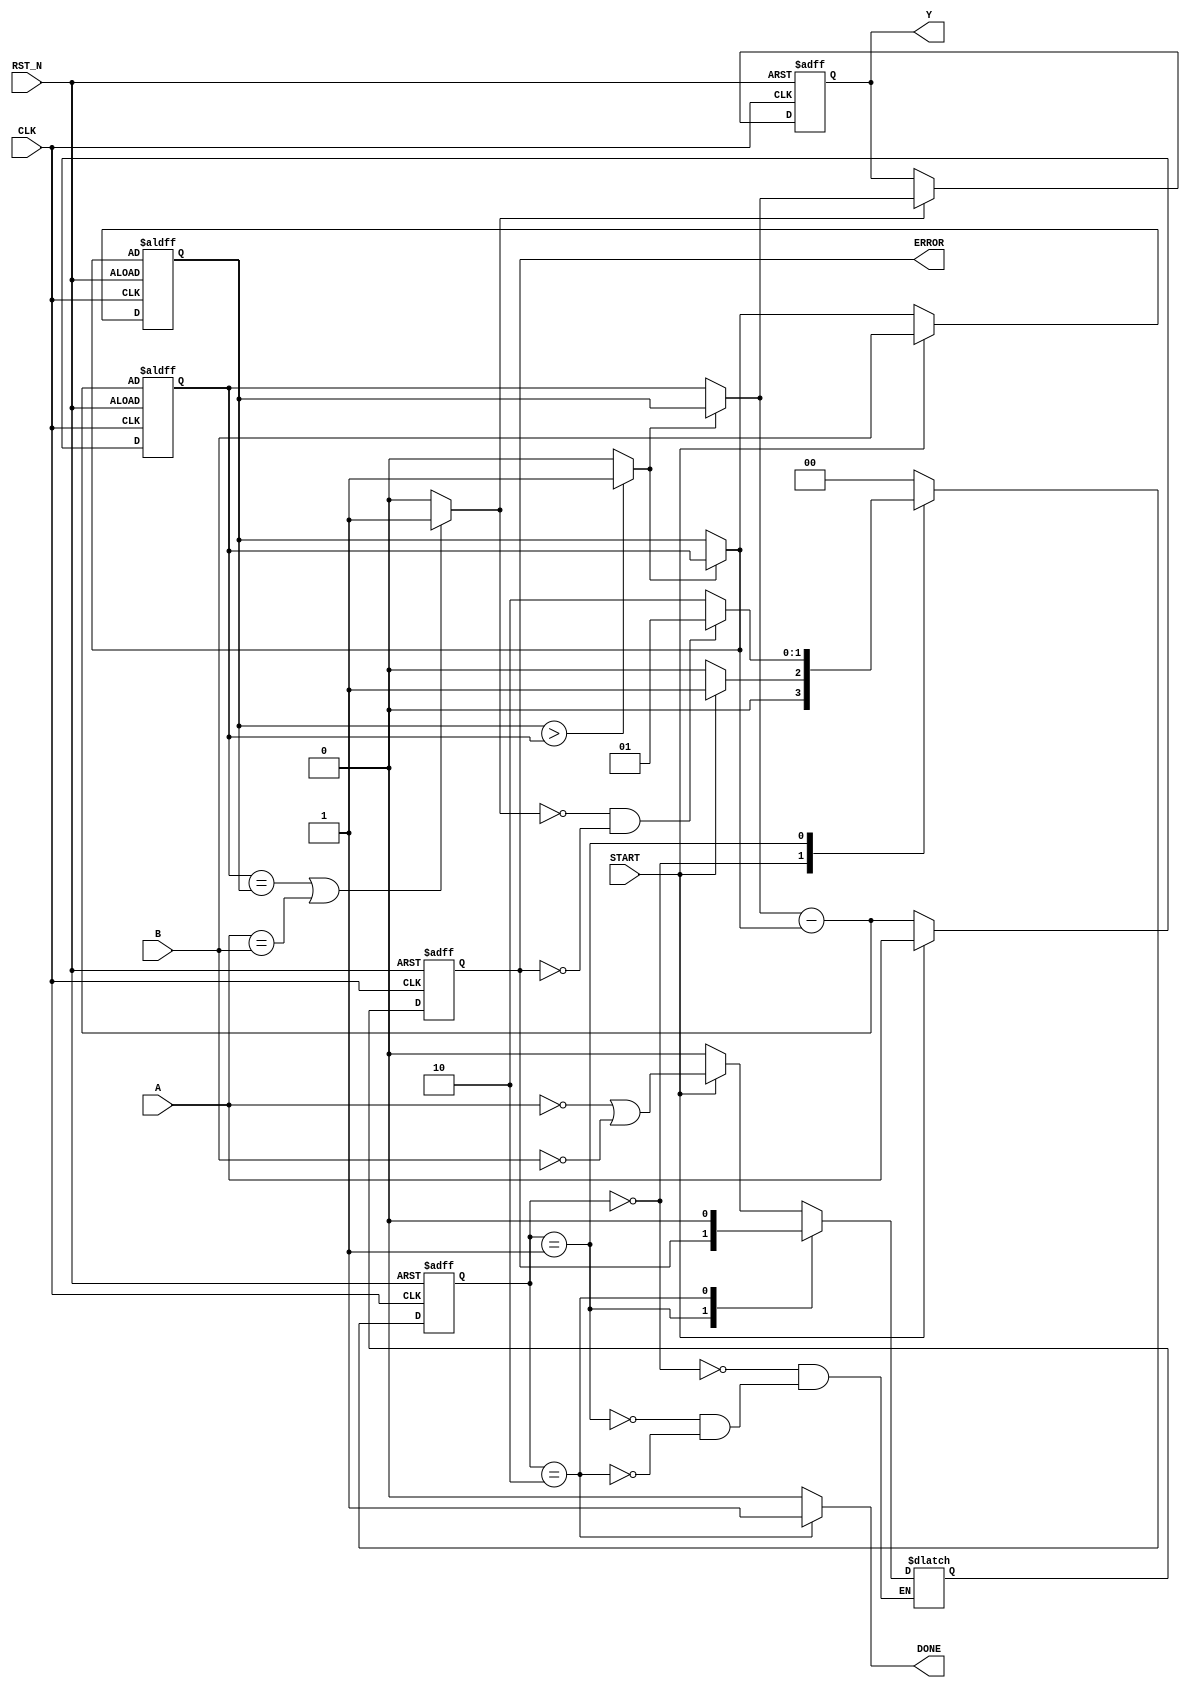
module GCD (
  input wire CLK,
  input wire RST_N,
  input wire [7:0] A,
  input wire [7:0] B,
  input wire START,
  output reg [7:0] Y,
  output reg DONE,
  output reg ERROR
);

parameter [1:0] IDLE   = 2'b00;
parameter [1:0] CALC   = 2'b01;
parameter [1:0] FINISH = 2'b10;

// [HW]
// Finish this design based on
//   1. FSM
//   2. Datapath diagram
//
// Note: You may manipulate the signals by using either
//       assign statement or always block. Just remember
//       to use the proper signal type (namely, wire or reg).
//
wire found;
reg swap;
reg [7:0] reg_a,reg_b,data_a,data_b;
reg [7:0] diff,Y_next;
reg error_next;
reg [1:0] state,state_next;
//DFF
always @(posedge CLK ,negedge RST_N)
begin
if (RST_N==1'b0)
	begin
	ERROR<=0;
	end
else 
	begin
	ERROR<=error_next;
	end
end


//FSM
always @(posedge CLK ,negedge  RST_N)
begin
if (RST_N==1'b0)
	state<=IDLE;
else
	state<=state_next;
end
always @*
begin
state_next<=IDLE;
DONE<=0;
case(state)
	IDLE:
	begin
	if(!START)
		begin
		state_next<=IDLE;
		error_next<=0;
		end
	else
		begin
		state_next<=CALC;
		error_next<=(A==0||B==0);
		end
	end
	CALC:  
	begin
    if(!found&&!ERROR)
        begin
        state_next<=CALC;
        error_next<=ERROR;
        end
    else
        begin
        state_next<=FINISH;
        error_next<=ERROR;
        end
	end
	FINISH:
		begin
		DONE<=1;
		error_next<=0;
		state_next<=IDLE;
		end
endcase
end

//Datapath
 //DFF A.B
always @(posedge CLK ,negedge  RST_N)
begin
if (RST_N==1'b0)
	begin
    reg_a<=diff;
    end
else if (START)
    begin
    reg_a<=A;
    end
else
	begin
	reg_a<=diff;
	end
//if (RST_N==1'b0)
//	begin
//	reg_b<=data_b;
//	end
//else if (START)
//	begin
//	reg_b<=B;
//	end
end
always @(posedge CLK ,negedge RST_N)
begin
if (RST_N==1'b0)
	reg_b<=data_b;
else if(START)
	reg_b<=B;
else 
	begin
	reg_b<=data_b;
	end
end
//SWAP
//assign swap=(reg_b>reg_a)? 1:0;
always@*
begin
swap<=(reg_b>reg_a)? 1:0;
if (swap==1)
	begin
	data_a<=reg_b;
	data_b<=reg_a;
	end
else
	begin
	data_a<=reg_a;
	data_b<=reg_b;
	end	
end
//Sub
always@*
	diff=data_a-data_b;
//Y
assign found=(reg_a==reg_b||A==B)?1:0;
always@*
begin
	if (found)
	Y_next<=data_a;
	else
	Y_next<=Y;
end
always@(posedge CLK,negedge RST_N)
begin
	//found=(reg_a==reg_b||A==B)?1:0;
if (RST_N==1'b0)
	begin
	Y<=0;
	end
else 
	begin
	Y<=Y_next;
	end
end
endmodule